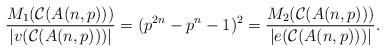
LaTeX: \begin{align*}\dfrac{M_{1}(\mathcal{C}(A(n, p)))}{|v(\mathcal{C}(A(n, p)))|}=(p^{2n}-p^{n}-1)^{2} = \dfrac{M_{2}(\mathcal{C}(A(n, p)))}{|e(\mathcal{C}(A(n, p)))|}.\end{align*}